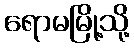
ရောမမြို့သို့